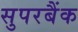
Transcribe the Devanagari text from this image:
सुपरबैंक